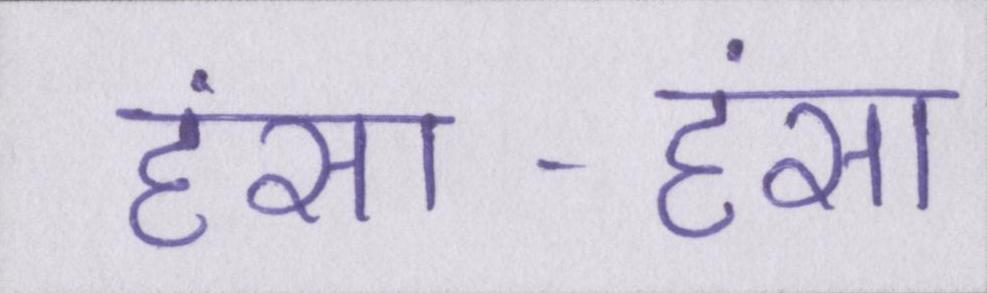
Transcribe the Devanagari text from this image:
हंसा-हंसा